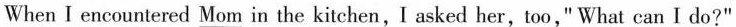
What can I do? When I encountered _Mom in the kitchen,I asked her,too," What can I do?"